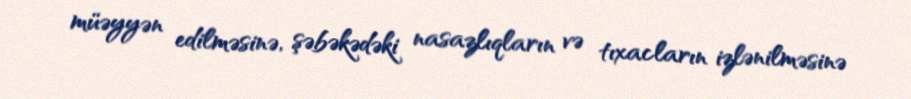
müəyyən edilməsinə, şəbəkədəki nasazlıqların və tıxacların izlənilməsinə